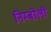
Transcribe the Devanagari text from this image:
निम्‍बोली